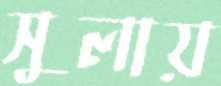
সুলায়